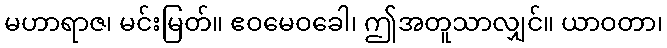
မဟာရာဇ၊ မင်းမြတ်။ ဧဝမေဝခေါ၊ ဤအတူသာလျှင်။ ယာဝတာ၊